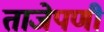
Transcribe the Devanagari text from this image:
ताजेपणी